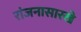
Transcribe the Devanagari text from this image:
रांजनासारखे